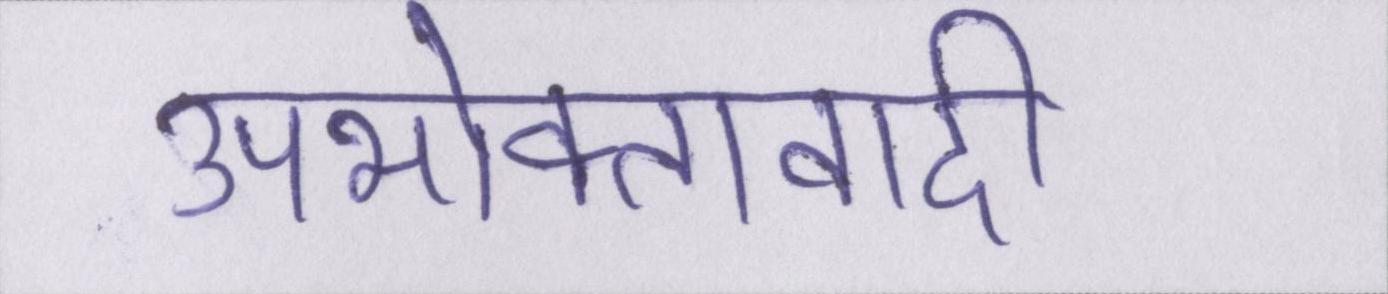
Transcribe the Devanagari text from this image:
उपभोक्तावादी